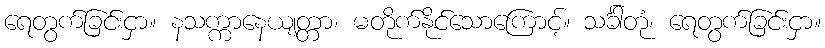
ရေတွက်ခြင်းငှာ။ နသက္ကာနေယျတ္တာ၊ မတိုက်နိုင်သောကြောင့်။ သင်္ခါတုံ၊ ရေတွက်ခြင်းငှာ။